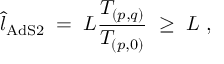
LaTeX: { \hat { l } } _ { \mathrm { A d S 2 } } \; = \; L { \frac { T _ { ( p , q ) } } { T _ { ( p , 0 ) } } } \; \ge \; L \ ,